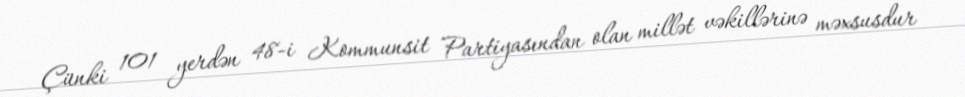
Çünki 101 yerdən 48-i Kommunsit Partiyasından olan millət vəkillərinə məxsusdur